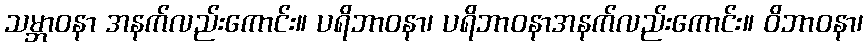
သမ္ဘာဝနာ အနက်လည်းကောင်း။ ပရိဘာဝနာ၊ ပရိဘာဝနာအနက်လည်းကောင်း။ ဝိဘာဝနာ၊